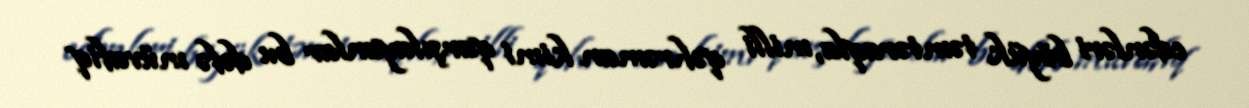
edənləri böyük təmtəraqla, milli qəhrəman kimi qarşılayanlar bu dəfə müvafiq